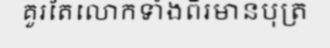
គួរតែលោកទាំងពីរមានបុត្រ